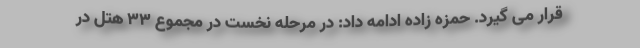
قرار می گیرد. حمزه زاده ادامه داد: در مرحله نخست در مجموع ۳۳ هتل در